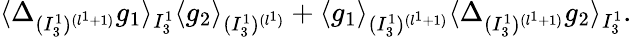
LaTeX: \langle\Delta_{(I_{3}^{1})^{(l^{1}+1)}}g_{1}\rangle_{I_{3}^{1}}\langle g_{2}\rangle_{(I_{3}^{1})^{(l^{1})}}+\langle g_{1}\rangle_{(I_{3}^{1})^{(l^{1}+1)}}\langle\Delta_{(I_{3}^{1})^{(l^{1}+1)}}g_{2}\rangle_{I_{3}^{1}}.